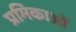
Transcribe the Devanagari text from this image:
प्रमिकाओं